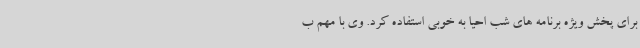
برای پخش ویژه برنامه های شب احیا به خوبی استفاده کرد. وی با مهم ب